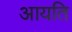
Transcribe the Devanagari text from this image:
आयति